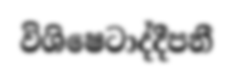
විශිෂෙටාද්දීපනී